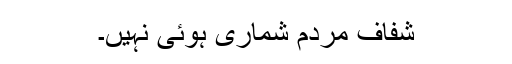
شفاف مردم شماری ہوئی نہیں۔